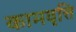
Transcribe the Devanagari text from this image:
कामवृत्ति